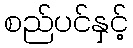
စည်ပင်နှင့်